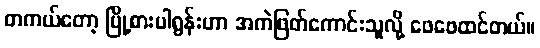
တကယ်တော့ မြို့စားပါရွန်းဟာ အကဲဖြတ်ကောင်းသူလို့ ဖေဖေထင်တယ်။